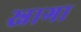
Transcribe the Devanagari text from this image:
स्नागा